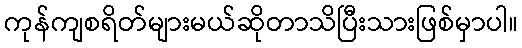
ကုန်ကျစရိတ်များမယ်ဆိုတာသိပြီးသားဖြစ်မှာပါ။